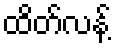
ထိတ်လန့်